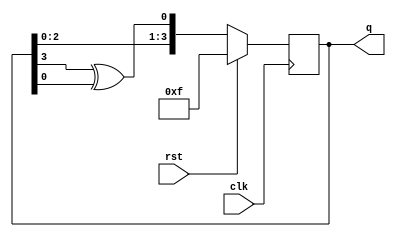
`timescale 1ns / 1ps
//////////////////////////////////////////////////////////////////////////////////
// Company: 
// Engineer: 
// 
// Design Name: 
// Module Name: LFSR
// Project Name: 
// Target Devices: 
// Tool Versions: 
// Description: 
// 
// Dependencies: 
// 
// Revision:
// Revision 0.01 - File Created
// Additional Comments:
// 
//////////////////////////////////////////////////////////////////////////////////


module LFSR(
    input clk, rst,
    output reg [3:0] q
    );
    
    always@(posedge clk)
    begin
        if(rst)
            q <= 4'b1111;
        else
            q <= { q[2:0], (q[3] ^ q[0])};
    end
endmodule